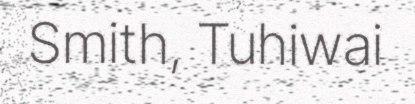
Smith, Tuhiwai